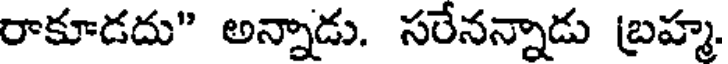
రాకూడదు" అన్నాడు. సరేనన్నాడు బ్రహ్మ.